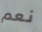
نعم